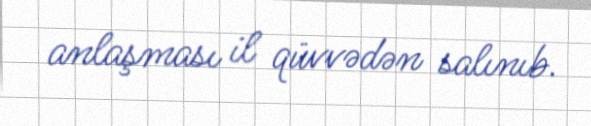
anlaşması il qüvvədən salınıb.